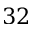
3 2